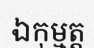
ឯកុម្មត្ត